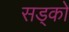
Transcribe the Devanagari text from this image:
सड्को